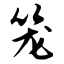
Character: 笼